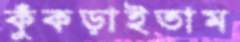
কুঁকড়াইতাম